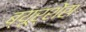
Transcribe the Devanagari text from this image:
ब्यूर्शेंस